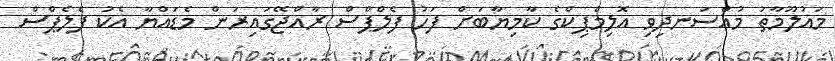
މައުލޫމާތު މުއްސަނދިވި އޮލިމްޕިކްގެ ކާމިޔާބަށް ފަހު ފެލްޕްސް ރާއްޖޭގައިރަން މެޑައްޔާ އެކު ފެލެޕްސް